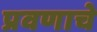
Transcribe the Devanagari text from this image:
प्रवणाचे